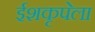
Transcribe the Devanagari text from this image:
ईशकृपेला